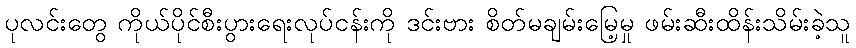
ပုလင်းတွေ ကိုယ်ပိုင်စီးပွားရေးလုပ်ငန်းကို ဒင်းဗား စိတ်မချမ်းမြေ့မှု ဖမ်းဆီးထိန်းသိမ်းခဲ့သူ